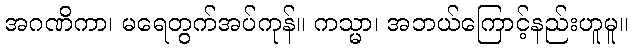
အဂဏိကာ၊ မရေတွက်အပ်ကုန်။ ကသ္မာ၊ အဘယ်ကြောင့်နည်းဟူမူ။